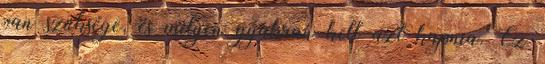
van szüksége, és milyen gyakran kell azt kapnia. Ez